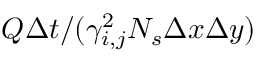
Q \Delta t / ( \gamma _ { i , j } ^ { 2 } N _ { s } \Delta x \Delta y )